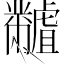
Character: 𪓐